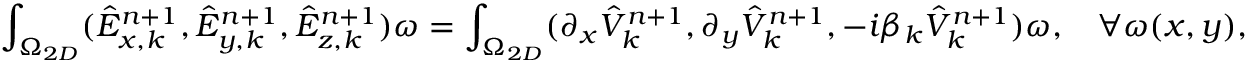
\small \int _ { \Omega _ { 2 D } } ( \hat { E } _ { x , k } ^ { n + 1 } , \hat { E } _ { y , k } ^ { n + 1 } , \hat { E } _ { z , k } ^ { n + 1 } ) \omega = \int _ { \Omega _ { 2 D } } ( \partial _ { x } \hat { V } _ { k } ^ { n + 1 } , \partial _ { y } \hat { V } _ { k } ^ { n + 1 } , - i \beta _ { k } \hat { V } _ { k } ^ { n + 1 } ) \omega , \quad \forall \omega ( x , y ) ,